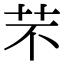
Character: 芣